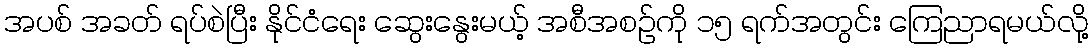
အပစ် အခတ် ရပ်စဲပြီး နိုင်ငံရေး ဆွေးနွေးမယ့် အစီအစဉ်ကို ၁၅ ရက်အတွင်း ကြေညာရမယ်လို့